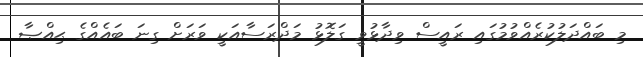
މި ބައްދަލުކުރެއްވުމުގައި ރައީސް ވިދާޅުވީ ގަލޮޅު މަދްރަސާއަކީ ވަރަށް ގިނަ ބައެއްގެ ޙިއްޞާ